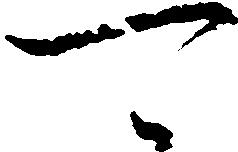
可